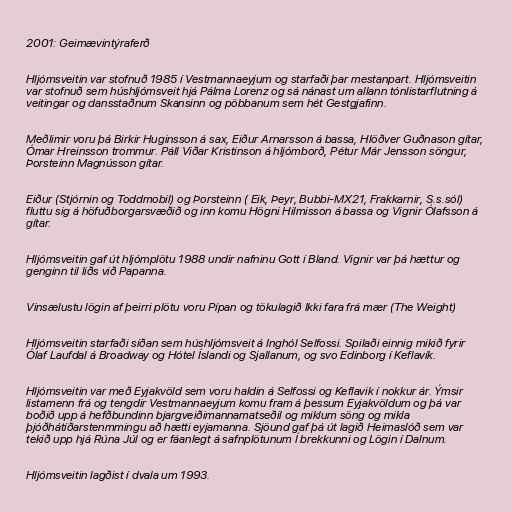
2001: Geimævintýraferð

Hljómsveitin var stofnuð 1985 í Vestmannaeyjum og starfaði þar mestanpart. Hljómsveitin
var stofnuð sem húshljómsveit hjá Pálma Lorenz og sá nánast um allann tónlistarflutning á
veitingar og dansstaðnum Skansinn og pöbbanum sem hét Gestgjafinn.

Meðlimir voru þá Birkir Huginsson á sax, Eiður Arnarsson á bassa, Hlöðver Guðnason gítar,
Ómar Hreinsson trommur. Páll Viðar Kristinson á hljómborð, Pétur Már Jensson söngur,
Þorsteinn Magnússon gítar.

Eiður (Stjórnin og Toddmobil) og Þorsteinn ( Eik, Þeyr, Bubbi-MX21, Frakkarnir, S.s.sól)
fluttu sig á höfuðborgarsvæðið og inn komu Högni Hilmisson á bassa og Vignir Ólafsson á
gítar.

Hljómsveitin gaf út hljómplötu 1988 undir nafninu Gott í Bland. Vignir var þá hættur og
genginn til liðs við Papanna.

Vinsælustu lögin af þeirri plötu voru Pípan og tökulagið Ikki fara frá mær (The Weight)

Hljómsveitin starfaði síðan sem húshljómsveit á Inghól Selfossi. Spilaði einnig mikið fyrir
Ólaf Laufdal á Broadway og Hótel Íslandi og Sjallanum, og svo Edinborg í Keflavík.

Hljómsveitin var með Eyjakvöld sem voru haldin á Selfossi og Keflavik í nokkur ár. Ýmsir
listamenn frá og tengdir Vestmannaeyjum komu fram á þessum Eyjakvöldum og þá var
boðið upp á hefðbundinn bjargveiðimannamatseðil og miklum söng og mikla
þjóðhátíðarstenmmingu að hætti eyjamanna. Sjöund gaf þá út lagið Heimaslóð sem var
tekið upp hjá Rúna Júl og er fáanlegt á safnplötunum Í brekkunni og Lögin í Dalnum.

Hljómsveitin lagðist í dvala um 1993.